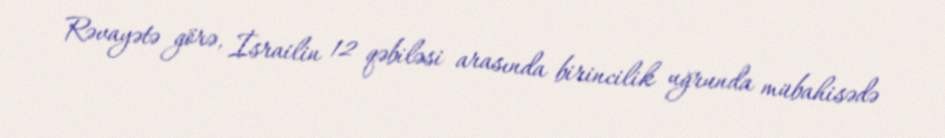
Rəvayətə görə, İsrailin 12 qəbiləsi arasında birincilik uğrunda mübahisədə